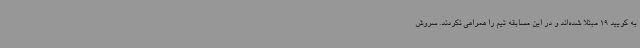
به کویید 19 مبتلا شده‌اند و در این مسابقه تیم را همراهی نکردند. سروش